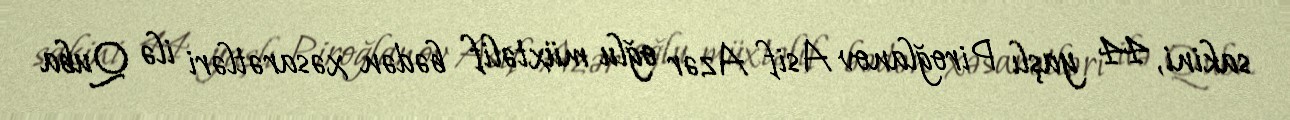
sakini, 44 yaşlı Piroğlanov Asif Azər oğlu müxtəlif bədən xəsarətləri ilə Quba